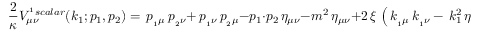
\displaystyle { \frac { 2 } { \kappa } } V _ { \mu \nu } ^ { ^ 1 { s c a l a r } } ( k _ { 1 } ; p _ { 1 } , p _ { 2 } ) = \, p _ { _ 1 \mu } \, p _ { _ 2 \nu } + \, p _ { _ 1 \nu } \, p _ { _ 2 \mu } - p _ { 1 } \cdot p _ { 2 } \, \eta _ { \mu \nu } - { m ^ { 2 } } \, \eta _ { \mu \nu } + 2 \, \xi \, \left( \, k _ { _ 1 \mu } \, k _ { _ 1 \nu } - \, k _ { 1 } ^ { 2 } \, \eta _ { \mu \nu } \right)